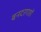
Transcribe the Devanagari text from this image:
बनदरगाहों